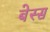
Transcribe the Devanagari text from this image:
बेस्स